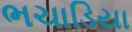
ભચાડિયા